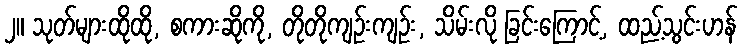
၂။ သုတ်များထိုထို, စကားဆိုကို, တိုတိုကျဉ်းကျဉ်း, သိမ်းလို ခြင်းကြောင့်, ထည့်သွင်းဟန်